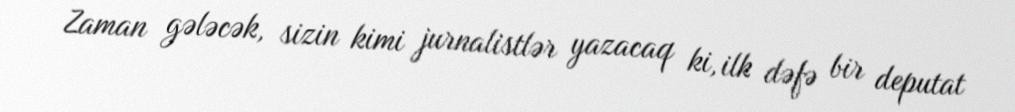
Zaman gələcək, sizin kimi jurnalistlər yazacaq ki, ilk dəfə bir deputat